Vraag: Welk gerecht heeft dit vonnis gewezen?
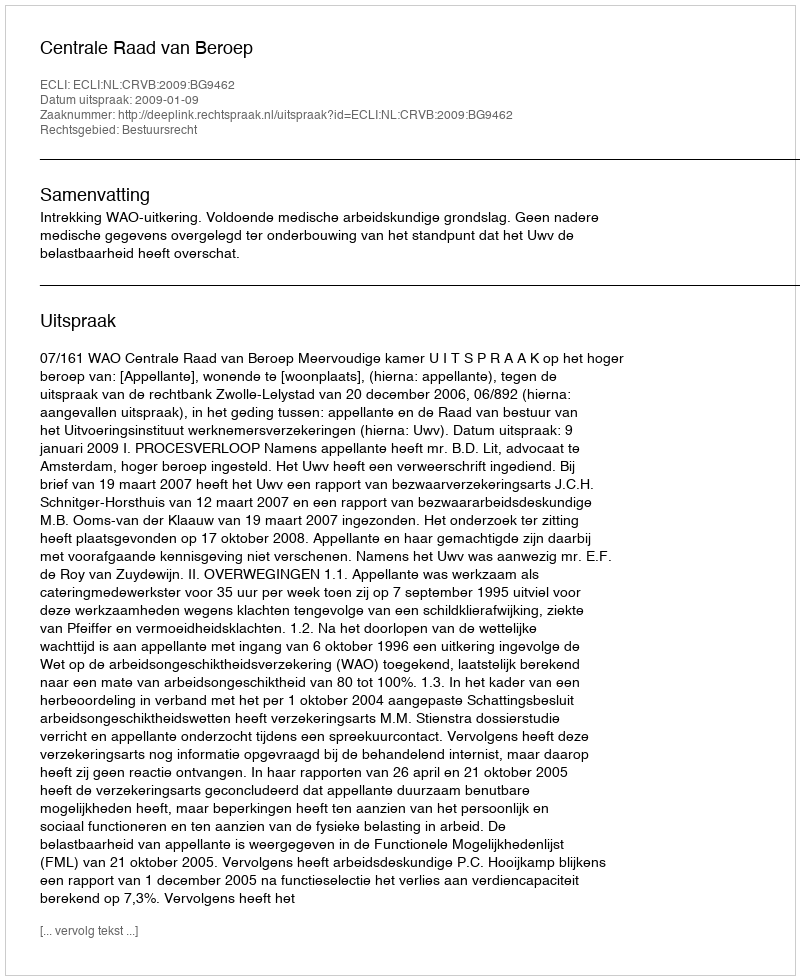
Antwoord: Centrale Raad van Beroep